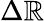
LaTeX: \Delta\mathbb{R}